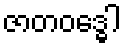
ဇာတဝဒ္ဓေါ